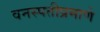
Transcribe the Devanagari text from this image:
वनस्पतीप्रमाणे